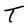
Character: T